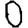
Digit: 0